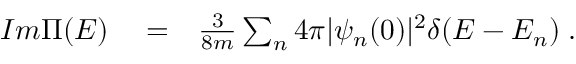
\begin{array} { r l r } { I m \Pi ( E ) } & { { } = } & { \frac { 3 } { 8 m } \sum _ { n } 4 \pi | \psi _ { n } ( 0 ) | ^ { 2 } \delta ( E - E _ { n } ) \; . } \end{array}